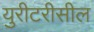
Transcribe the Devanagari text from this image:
युरीटरीसील